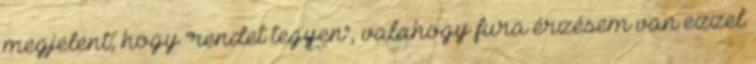
megjelent, hogy "rendet tegyen", valahogy fura érzésem van ezzel